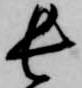
長